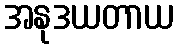
အနုဒယတာယ